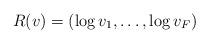
LaTeX: \begin{align*}R(v) = (\log v_1, \ldots, \log v_F)\end{align*}